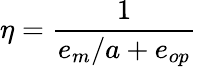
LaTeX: \eta=\frac{1}{e_{m}/a+e_{op}}